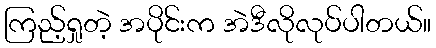
ကြည့်ရှုတဲ့ အပိုင်းက အဲဒီလိုလုပ်ပါတယ်။